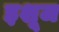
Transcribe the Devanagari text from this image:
इशूज